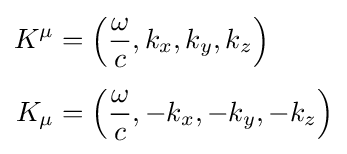
{\begin{aligned}K^{\mu }&=\left({\frac {\omega }{c}},k_{x},k_{y},k_{z}\right)\,\\[4pt]K_{\mu }&=\left({\frac {\omega }{c}},-k_{x},-k_{y},-k_{z}\right)\end{aligned}}